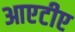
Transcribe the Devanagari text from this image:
आएटीए